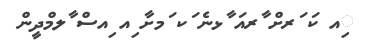
ިއ ކަ ަރށް ާރއަ ާޅނެ ަކ ަމށާ ިއ ިއސް ާލމްދީން